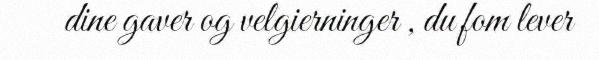
dine gaver og velgierninger , du fom lever